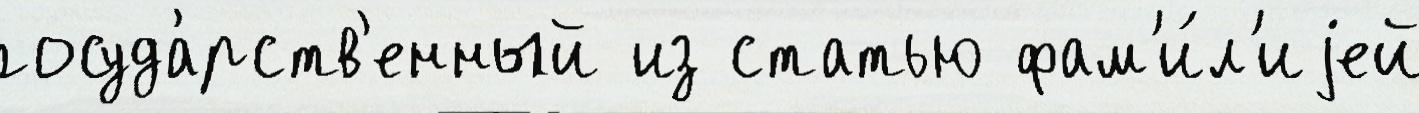
госуда́рств'енный из статью фам'и́л'иjей